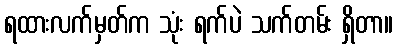
ရထားလက်မှတ်က သုံး ရက်ပဲ သက်တမ်း ရှိတာ။